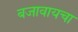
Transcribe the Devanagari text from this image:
बजावायचा